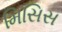
મિસિસ